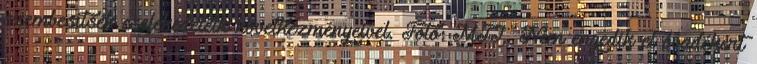
szembesítsék cselekedeteik következményeivel. Fotó: MTI,. Nem engedik el óvadékért